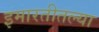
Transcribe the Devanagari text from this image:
इमारतीतल्या